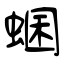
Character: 蜠